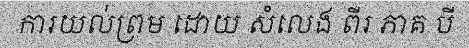
ការយល់ព្រម ដោយ សំលេង ពីរ ភាគ បី